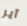
آير